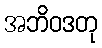
အဘိဝဒတု